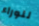
للوراء